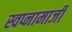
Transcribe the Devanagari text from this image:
स्वप्नामाजी